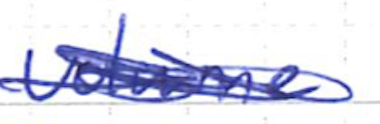
Text: volume
Cross-out: scratch
Writing tool: ballpoint